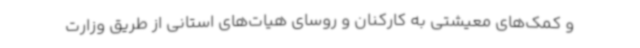
و کمک‌های معیشتی به کارکنان و روسای هیات‌های استانی از طریق وزارت